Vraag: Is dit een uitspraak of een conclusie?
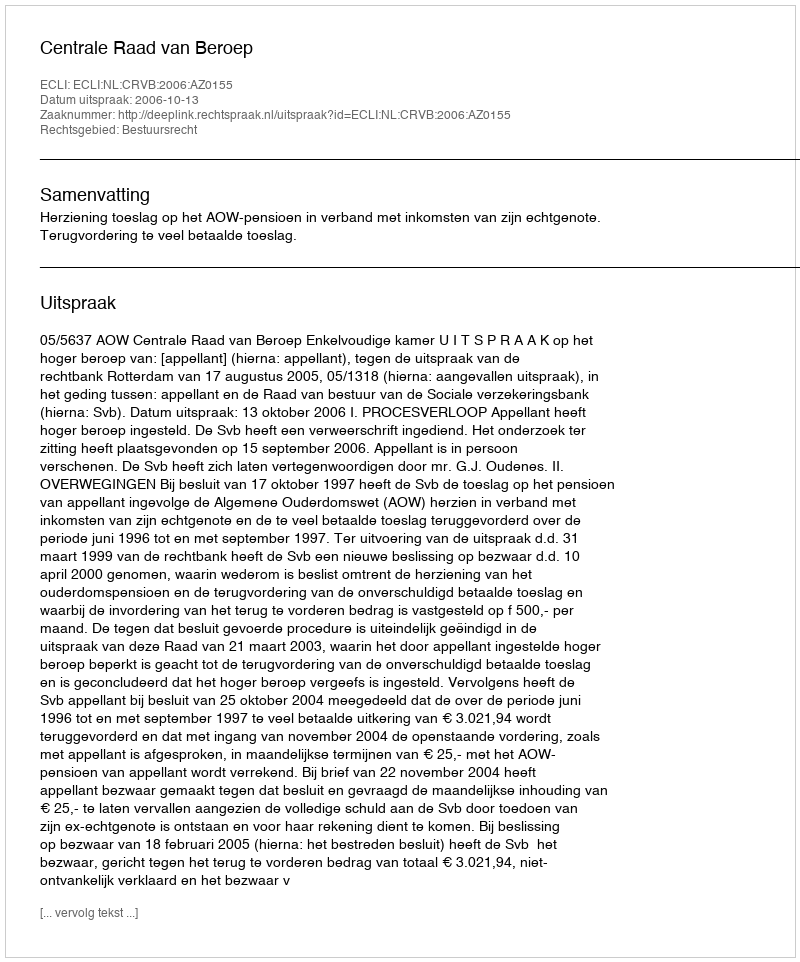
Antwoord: Uitspraak